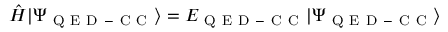
\begin{array} { r } { \hat { H } | \Psi _ { \mathrm { ~ Q ~ E ~ D ~ - ~ C ~ C ~ } } \rangle = E _ { \mathrm { ~ Q ~ E ~ D ~ - ~ C ~ C ~ } } | \Psi _ { \mathrm { ~ Q ~ E ~ D ~ - ~ C ~ C ~ } } \rangle } \end{array}